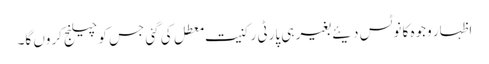
اظہار وجوہ کا نوٹس دیئے بغیر ہی پارٹی رکنیت معطل کی گئی جس کو چیلنج کروں گا۔